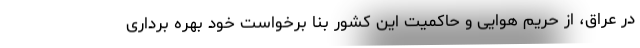
در عراق، از حریم هوایی و حاکمیت این کشور بنا برخواست خود بهره برداری